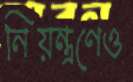
নিয়ন্ত্রণেও